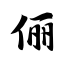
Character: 俪